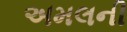
અમલની